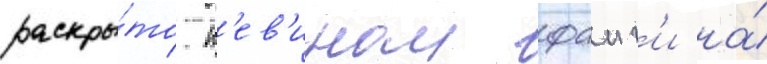
раскры́то к'ев'ином фаиг'и на́